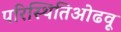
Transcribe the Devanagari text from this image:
परिस्थितिओढवू